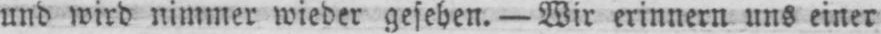
und wird nimmer wieder gesehen. - Wir erinnern uns einer